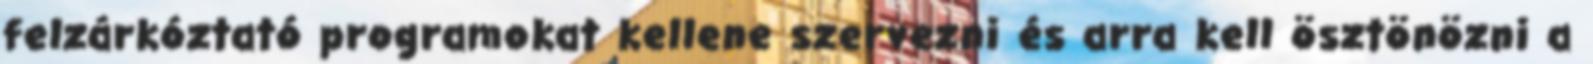
felzárkóztató programokat kellene szervezni és arra kell ösztönözni a